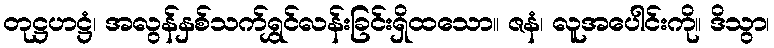
တုဋ္ဌဟဋ္ဌံ၊ အလွန်နှစ်သက်ရွှင်လန်းခြင်းရှိထသော။ ဇနံ၊ လူအပေါင်းကို။ ဒိသွာ၊